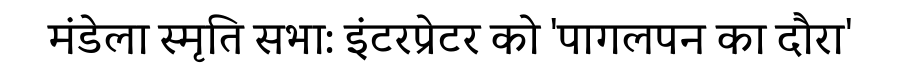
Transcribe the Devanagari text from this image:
मंडेला स्मृति सभा: इंटरप्रेटर को 'पागलपन का दौरा'